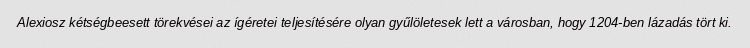
Alexiosz kétségbeesett törekvései az ígéretei teljesítésére olyan gyűlöletesek lett a városban, hogy 1204-ben lázadás tört ki.